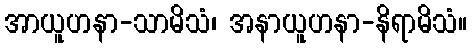
အာယူဟနာ-သာမိသံ၊ အနာယူဟနာ-နိရာမိသံ။